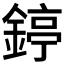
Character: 𨪃